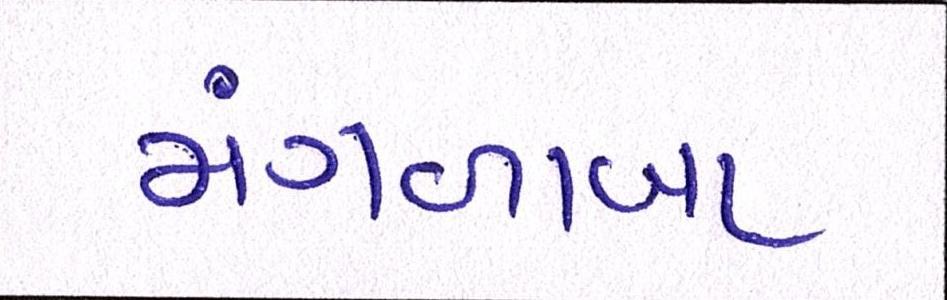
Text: મંગળાબા